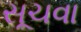
સૂચવા